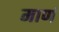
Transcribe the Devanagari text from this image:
माणं